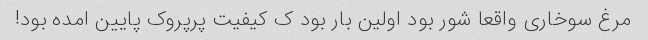
مرغ سوخاری واقعا شور بود اولین بار بود ک کیفیت پرپروک پایین امده بود!